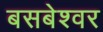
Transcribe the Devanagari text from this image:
बसबेश्वर